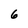
Character: 6